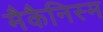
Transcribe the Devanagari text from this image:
मैकैनिस्म